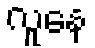
လူနေ